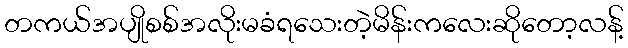
တကယ်အပျိုစစ်အလိုးမခံရသေးတဲ့မိန်းကလေးဆိုတော့လန့်